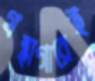
গ্রন্থাগারেই